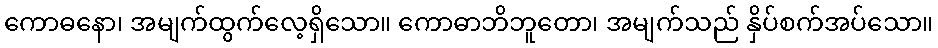
ကောဓနော၊ အမျက်ထွက်လေ့ရှိသော။ ကောဓာဘိဘူတော၊ အမျက်သည် နှိပ်စက်အပ်သော။